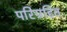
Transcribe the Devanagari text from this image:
परिग्रहित